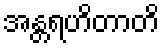
အန္တရဟိတာတိ